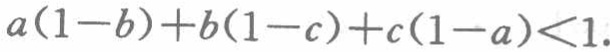
\(a(1 - b)+b(1 - c)+c(1 - a)<1\)